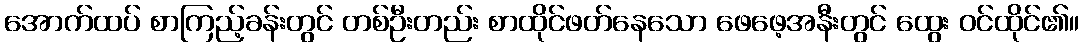
အောက်ထပ် စာကြည့်ခန်းတွင် တစ်ဦးတည်း စာထိုင်ဖတ်နေသော ဖေဖေ့အနီးတွင် ထွေး ဝင်ထိုင်၏။